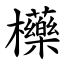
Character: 㰛